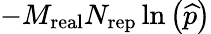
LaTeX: -M_{\mathrm{real}}N_{\mathrm{rep}}\ln\left(\widehat{p}\right)